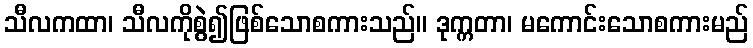
သီလကထာ၊ သီလကိုစွဲ၍ဖြစ်သောစကားသည်။ ဒုက္ကတာ၊ မကောင်းသောစကားမည်